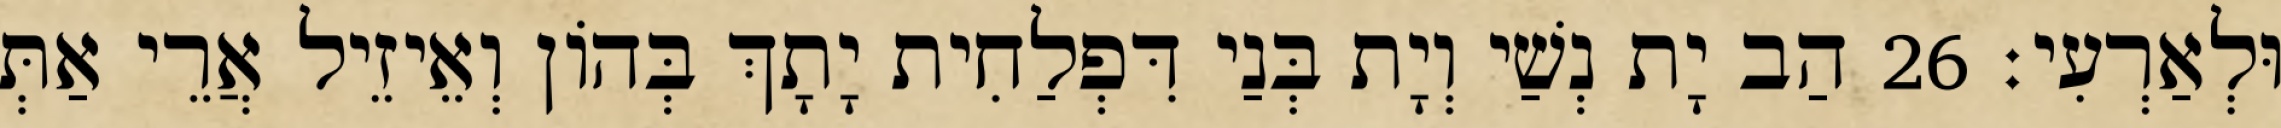
וּלְאַרְעִי׃ 26 הַב יָת נְשַׁי וְיָת בְּנַי דִּפְלַחִית יָתָךְ בְּהוֹן וְאֵיזֵיל אֲרֵי אַתְּ